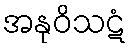
အနုဝိသဋံ